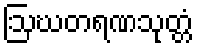
ဩဃတရဏသုတ္တံ